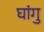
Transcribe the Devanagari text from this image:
घांगु